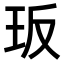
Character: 𭸸